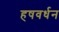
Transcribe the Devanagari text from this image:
हषवर्धन